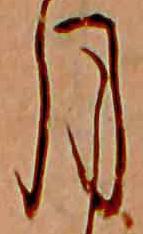
月